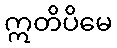
ဣတိပိမေ